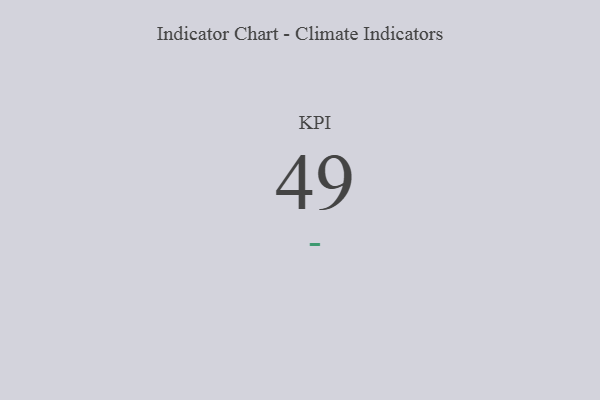
{"axis": {"x": "KPI", "y": "Value"}, "legend": [""], "data": [{"x": "KPI", "y": 49, "type": ""}]}